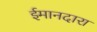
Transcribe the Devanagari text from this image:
ईमानदारा